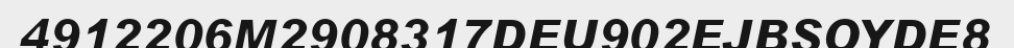
4912206M2908317DEU902EJBSOYDE8